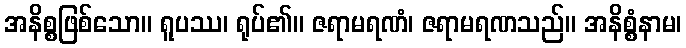
အနိစ္စဖြစ်သော။ ရူပဿ၊ ရုပ်၏။ ဇရာမရဏံ၊ ဇရာမရဏသည်။ အနိစ္စံနာမ၊